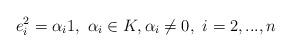
LaTeX: \begin{align*}e_{i}^{2}=\alpha _{i}1,\,\,\alpha _{i}\in K,\alpha _{i}\neq 0,\,\,i=2,...,n \end{align*}